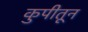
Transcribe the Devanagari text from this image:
कुपीतून